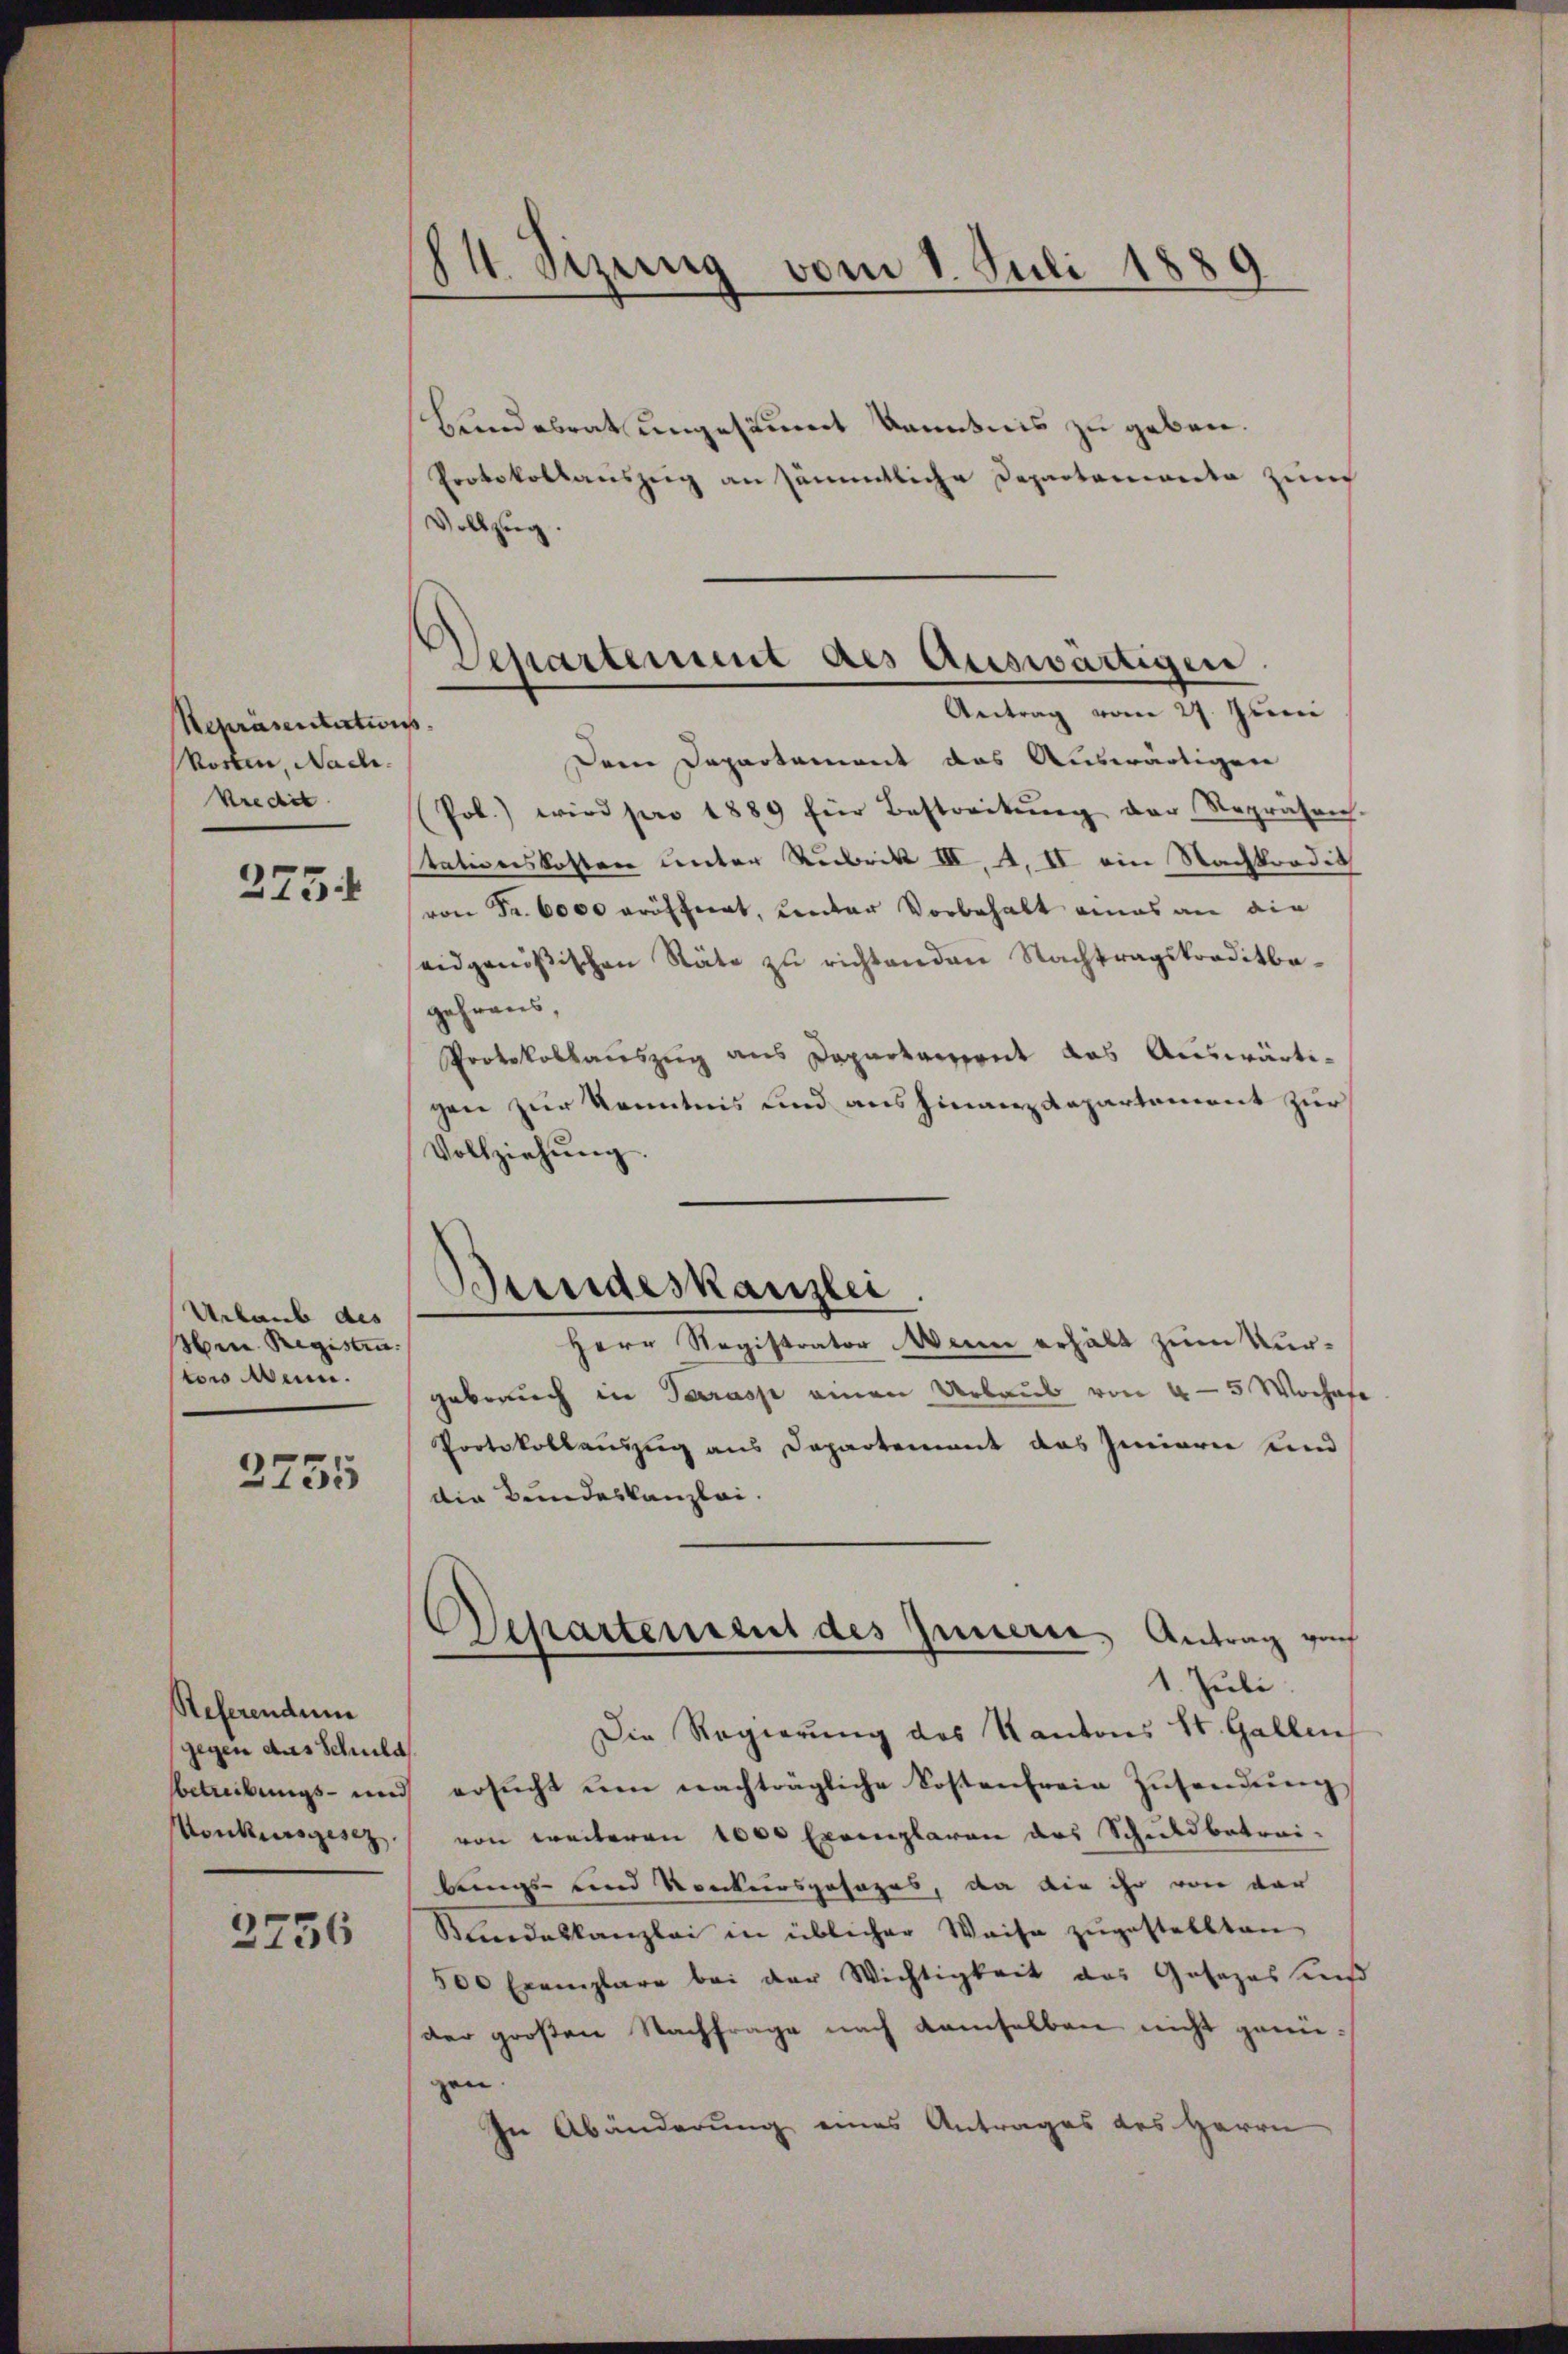
Repräsentation
kosten, Nach
Kredit

275.

Urlaub des
Hrn. Registen.
tow um.

2755

Referendum
gegen das Schuld
Konkursgesez

2756

84. Sizung vom 1. Juli 1889.

Departement des Auswärtigen.
Antrag vom 27. Juni
.

Bundeskanzlei.

Bundesrat ungesäumt kanntnis zu geben.
Protokollauszeig an sämmtliche Departemente Zunf
Vollzug.
Dem Departement das Auswärtigen
Pol.) wird pro 1889 für Bestreitŭng der Repräsen-
tationskosten unter Rubrik III 4. II ein Nachkordit
von Fr. 6000 eröffiert, Kentar Vorbehalt eines an die
eidgenößischen Stäte zu richtenden Nachtragskorditbegehraus,
Protokollauszug aus Daparkasseret das Auswärtigen zur Kenntnis und ausfinanzdepartement zur
Vollziehŭng.
Herr Registrator Wenn erhält zum Kurgebrauch in Parasp einen Urlaub von 4-5 Wochete
Protokollauszug aus Departement das Innern und
die Bundeskanzlei.
Departenreut des Innern, Antrag nach
1. Juli
Die Regierung des Kantons St. Gallen
bbetreibŭngs- und ersŭcht ŭm nachträgliche Kostenfreie Zŭsendŭng
von weiteren 1000 Exemplaren des Schuldbetrei-
bungs- und Konkursgesages, da die ihr von der
Bundeskanzlei in üblicher Weise zugestellten
500 Exemplare bei der Wichtigkeit das Gasozessan
der großen Nachfrage nach demselben nicht genügen.
In Abänderung eines Antrages des Herrn